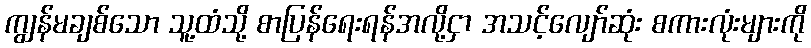
ကျွန်မချစ်သော သူ့ထံသို့ စာပြန်ရေးရန်အလို့ငှာ အသင့်လျော်ဆုံး စကားလုံးများကို